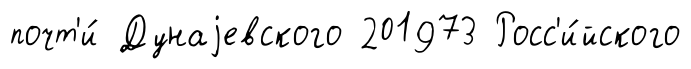
почт'и́ Дунаjевского 201973 Росс'и́йского